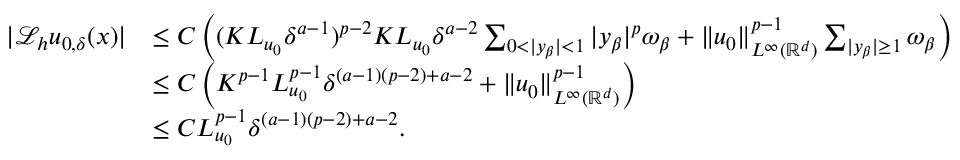
\begin{array} { r l } { | \mathcal { L } _ { h } u _ { 0 , \delta } ( x ) | } & { \leq C \left( ( K L _ { u _ { 0 } } \delta ^ { a - 1 } ) ^ { p - 2 } K L _ { u _ { 0 } } \delta ^ { a - 2 } \sum _ { 0 < | y _ { \beta } | < 1 } | y _ { \beta } | ^ { p } \omega _ { \beta } + \| u _ { 0 } \| _ { L ^ { \infty } ( \ensuremath { \mathbb { R } } ^ { d } ) } ^ { p - 1 } \sum _ { | y _ { \beta } | \geq 1 } \omega _ { \beta } \right) } \\ & { \leq C \left( K ^ { p - 1 } L _ { u _ { 0 } } ^ { p - 1 } \delta ^ { ( a - 1 ) ( p - 2 ) + a - 2 } + \| u _ { 0 } \| _ { L ^ { \infty } ( \ensuremath { \mathbb { R } } ^ { d } ) } ^ { p - 1 } \right) } \\ & { \leq C L _ { u _ { 0 } } ^ { p - 1 } \delta ^ { ( a - 1 ) ( p - 2 ) + a - 2 } . } \end{array}